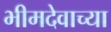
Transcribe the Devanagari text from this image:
भीमदेवाच्या